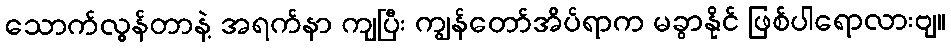
သောက်လွန်တာနဲ့ အရက်နာ ကျပြီး ကျွန်တော်အိပ်ရာက မခွာနိုင် ဖြစ်ပါရောလားဗျ။